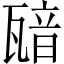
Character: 𤭵